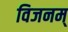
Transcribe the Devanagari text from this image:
विजनम्